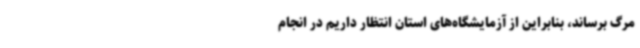
مرگ برساند، بنابراین از آزمایشگاه‌های استان انتظار داریم در انجام